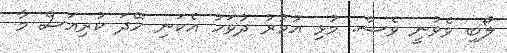
ލޯބި ވެވުނީ ވެސް. މުޅި އުމުރު ދުވަހު އެކަނި ހޭދަ ކުރިއަސް މާ